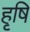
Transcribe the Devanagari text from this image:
हृषि